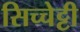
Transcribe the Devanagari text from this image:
सिच्चेट्टी